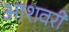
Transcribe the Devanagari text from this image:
आशवरी